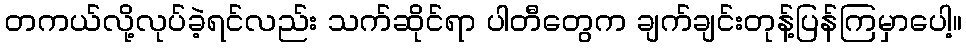
တကယ်လို့လုပ်ခဲ့ရင်လည်း သက်ဆိုင်ရာ ပါတီတွေက ချက်ချင်းတုန့်ပြန်ကြမှာပေါ့။